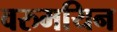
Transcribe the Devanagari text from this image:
वरुमयिन